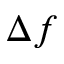
\Delta f